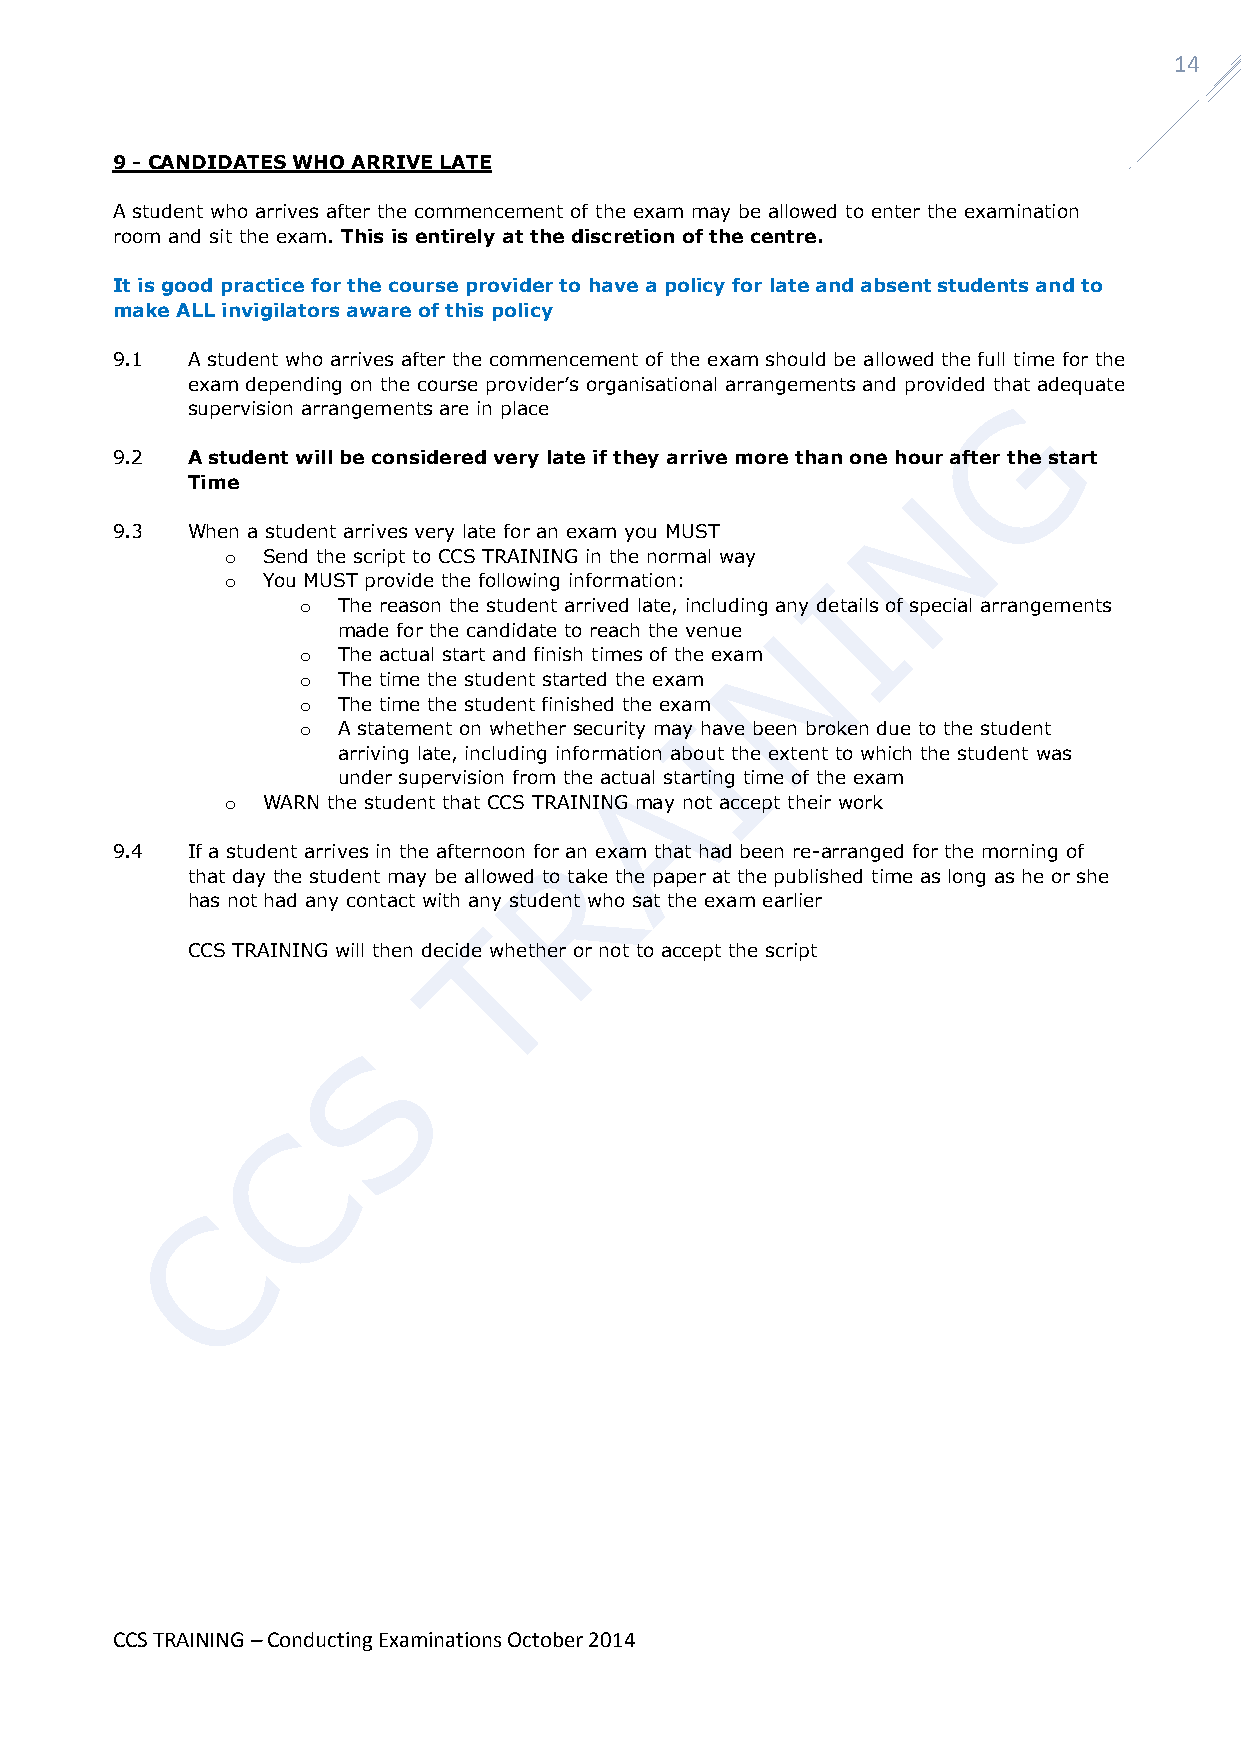
14
 9 - CANDIDATES WHO ARRIVE LATE
 A student who arrives after the commencement of the exam may be allowed to enter the examination
 room and sit the exam. This is entirely at the discretion of the centre.
 It is good practice for the course provider to have a policy for late and absent students and to
 make ALL invigilators aware of this policy
 9.1  A student who arrives after the commencement of the exam should be allowed the full time for the
 exam depending on the course provider’s organisational arrangements and provided that adequate
 supervision arrangements are in place
 9.2  A student will be considered very late if they arrive more than one hour after the start
 Time
 9.3  When a student arrives very late for an exam you MUST
 o Send the script to CCS TRAINING in the normal way
 o You MUST provide the following information:
 o The reason the student arrived late, including any details of special arrangements
 made for the candidate to reach the venue
 o The actual start and finish times of the exam
 o The time the student started the exam
 o The time the student finished the exam
 o A statement on whether security may have been broken due to the student
 arriving late, including information about the extent to which the student was
 under supervision from the actual starting time of the exam
 o WARN the student that CCS TRAINING may not accept their work
 9.4  If a student arrives in the afternoon for an exam that had been re-arranged for the morning of
 that day the student may be allowed to take the paper at the published time as long as he or she
 has not had any contact with any student who sat the exam earlier
 CCS TRAINING will then decide whether or not to accept the script
 CCS TRAINING – Conducting Examinations October 2014